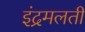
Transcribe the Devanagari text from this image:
इंद्रमलती